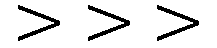
>>>